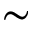
\sim